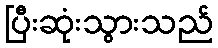
ပြီးဆုံးသွားသည်